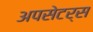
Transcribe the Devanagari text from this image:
अपसेटर्स